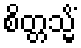
စိတ္တသ္မိံ